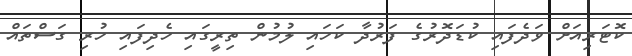
ކޮޓަރިއަށް ވަދެފައި ކުޑަދޮރުގެ ފަރުދާ ކަހައި ލުމުން ތިރީގައި ހެދިފައި ހުރި ގަސްތައް